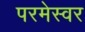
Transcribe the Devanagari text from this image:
परमेस्वर